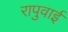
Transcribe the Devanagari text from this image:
रापुवाई